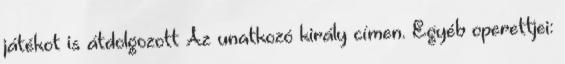
játékot is átdolgozott Az unatkozó király címen. Egyéb operettjei: